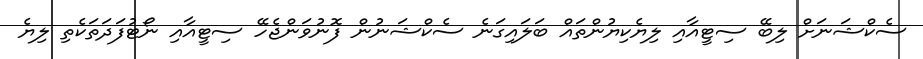
ސެކްޝަނަށް ލިބޭ ސިޓީއާއި ލިޔެކިޔުންތައް ބަލައިގަނެ ސެކްޝަނުން ފޮނުވަންޖެހޭ ސިޓީއާއި ނޯޓުފަދަތަކެތި ލިޔެ